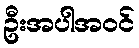
ဦးအပါအဝင်